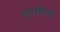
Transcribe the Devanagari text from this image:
हमशीरह